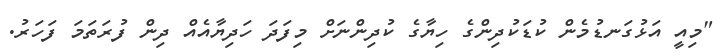
"މިއީ އަޅުގަނޑުމެން ކުޑަކުދިންގެ ހިޔާގެ ކުދިންނަށް މިފަދަ ހަދިޔާއެއް ދިން ފުރަތަމަ ފަހަރު.